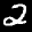
Label: 2